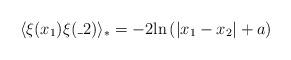
LaTeX: \begin{align*}\langle \xi(x_1) \xi(\_2) \rangle _* = -2{\rm ln}\left(|x_1 - x_2| + a\right)\end{align*}